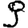
Digit: 9